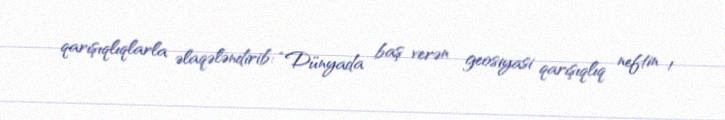
qarışıqlıqlarla əlaqələndirib: “Dünyada baş verən geosiyasi qarışıqlıq neftin 1